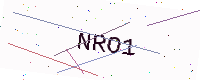
Text: NRO1